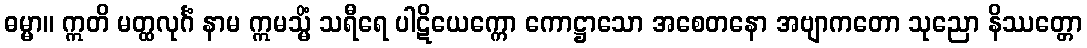
ဓမ္မာ။ ဣတိ မတ္ထလုင်္ဂံ နာမ ဣမသ္မိံ သရီရေ ပါဋိယေက္ကော ကောဋ္ဌာသော အစေတနော အဗျာကတော သုညော နိဿတ္တော